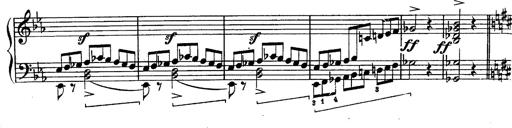
Title: Schubert's Impromptus [revised and edited by Franz Liszt]
Composer: Franz Liszt